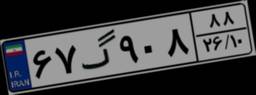
۶۷گ۹۰۸۸۸